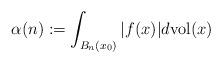
LaTeX: \begin{align*}\alpha(n):=\int_{B_{n}(x_{0})}|f(x)|d{\rm vol}(x)\end{align*}